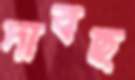
দাবছ